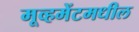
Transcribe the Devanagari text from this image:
मूव्हमेंटमधील